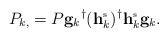
LaTeX: \begin{align*}P_{k,}=P{\mathbf{g}_k}^{\dagger}(\mathbf{h}_k^{\mbox{\tiny{s}}})^{\dagger}\mathbf{h}_k^{\mbox{\tiny{s}}}\mathbf{g}_k. \end{align*}